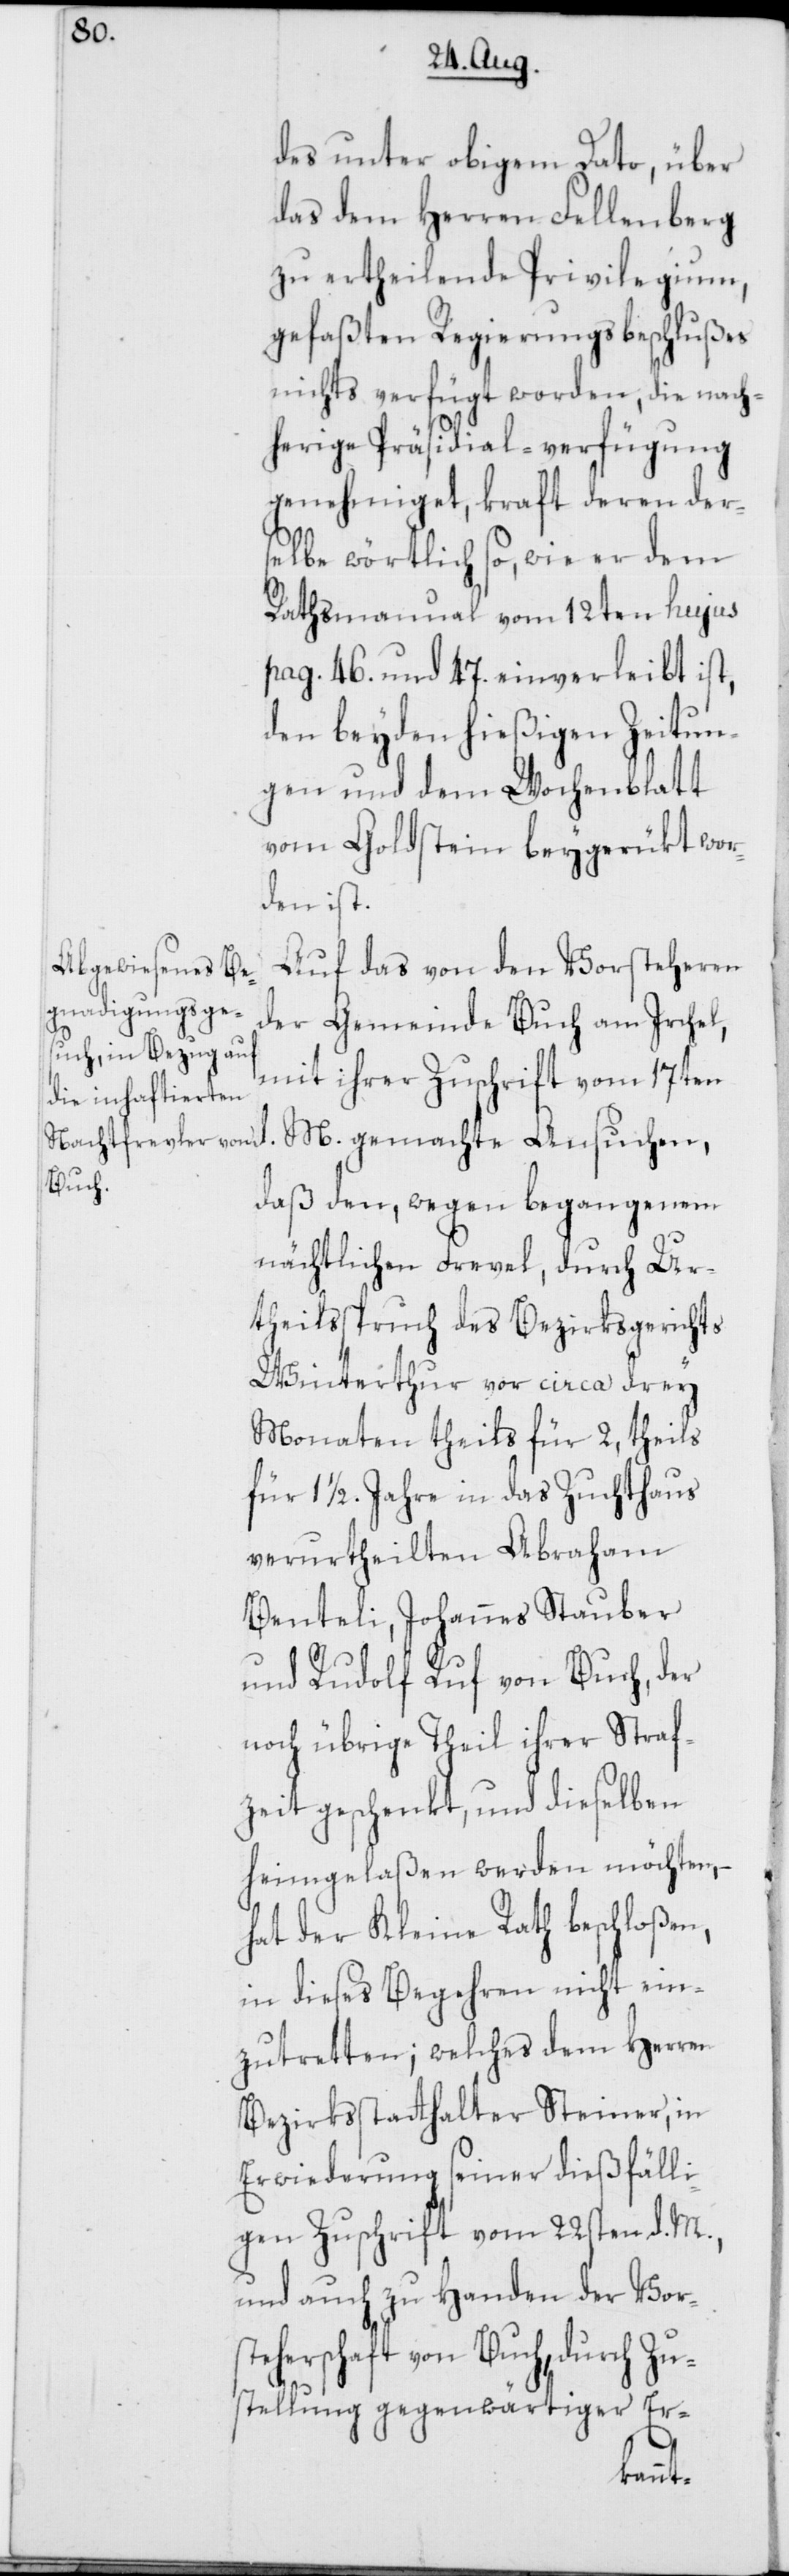
des unter obigem Dato, über
das dem Herren Fellenberg
zu ertheilende Privilegium,
gefaßten Regierungsbeschlußes
nichts verfügt worden, die nach¬
herige Präsidial-verfügung
genehmiget, kraft deren der¬
selbe wörtlich so, wie er dem
Rathsmanual vom 12ten hujus
pag. 46. und 47. einverleibt ist,
den beyden hießigen Zeitun¬
gen und dem Wochenblatt
vom Goldstein beygerükt wor¬
den ist.
Auf das von den Vorsteheren
der Gemeinde Buch am Irchel,
mit ihrer Zuschrift vom 17ten
daß den, wegen begangenem
nächtlichen Frevel, durch Ur¬
theilsspruch des Bezirksgerichts
Winterthur vor circa drey
Monaten theils für 2, theils
für 1 1/2. Jahre in das Zuchthaus
verurtheilten Abraham
Benteli, Johannes Stauber
und Rudolf Ruf von Buch, der
noch übrige Theil ihrer Straf¬
zeit geschenkt, und dieselben
heimgelaßen werden möchten,
hat der Kleine Rath beschloßen,
in dieses Begehren nicht ein¬
zutretten; welches dem Herren
Bezirksstatthalter Steiner, in
Erwiederung seiner dießfälli¬
gen Zuschrift vom 22sten d. M.,
und auch zu Handen der Vor¬
steherschaft von Buch, durch Zu¬
stellung gegenwärtiger Er-